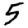
Digit: 5